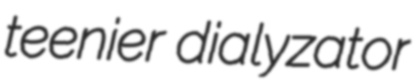
teenier dialyzator